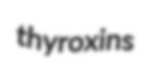
thyroxins